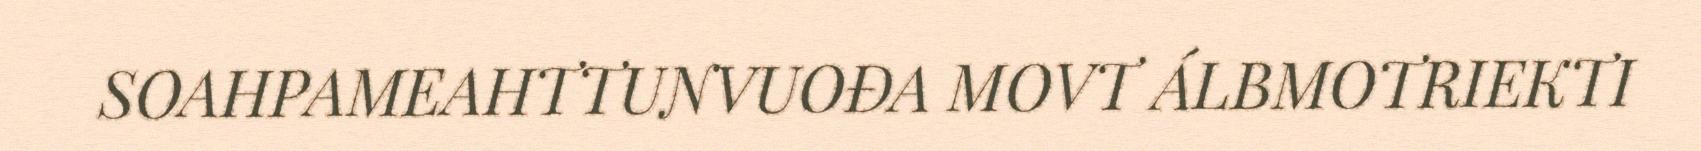
SOAHPAMEAHTTUNVUOĐA MOVT ÁLBMOTRIEKTI